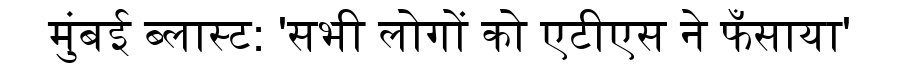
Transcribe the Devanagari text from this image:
मुंबई ब्लास्ट: 'सभी लोगों को एटीएस ने फँसाया'